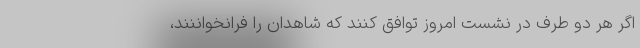
اگر هر دو طرف در نشست امروز توافق کنند که شاهدان را فرانخواننند،